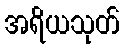
အရိယသုတ်